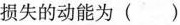
损失的动能为()